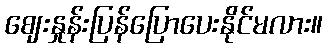
ဈေးနှုန်းပြန်ပြောပေးနိုင်မလား။